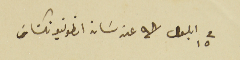
في ١٥ ايلول /٩٨  عن سان انطونيو تكسَاسَ